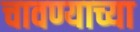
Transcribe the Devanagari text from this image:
चावण्याच्या